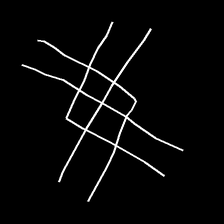
Glyph: crystal